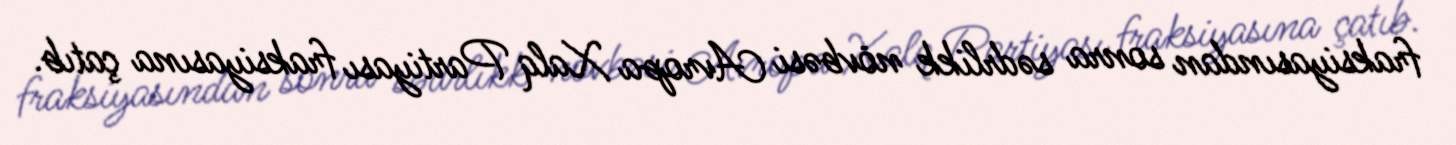
fraksiyasından sonra sədrlikk növbəsi Avropa Xalq Partiyası fraksiyasına çatıb.